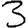
Digit: 3